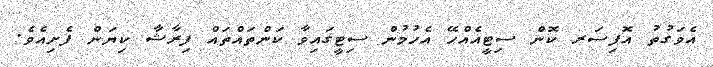
އެވަގުތު އޮފިސަރ ކޮން ސިޓީއެއްހޭ އެހުމުން ސިޓީގައިވާ ކަންތައްތައް ފިރާޝާ ކިޔަން ފެށިއެވެ.